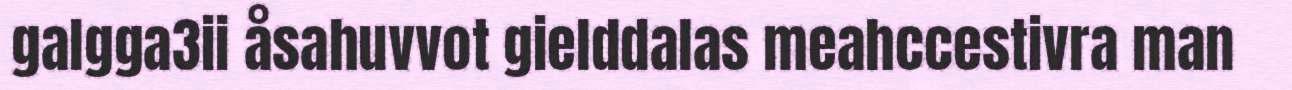
galgga3ii åsahuvvot gielddalas meahccestivra man